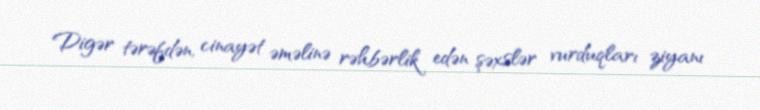
Digər tərəfdən, cinayət əməlinə rəhbərlik edən şəxslər vurduqları ziyanı